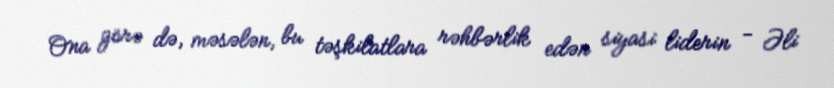
Ona görə də, məsələn, bu təşkilatlara rəhbərlik edən siyasi liderin - Əli